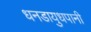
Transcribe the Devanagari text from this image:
धनडायुधपानी